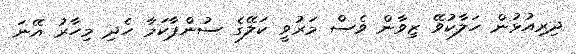
ދިރިއުޅުން ހަލާކުވޭ ޒިވާން ވެސް މަރުވީ ކަލޭގެ ސުންޕާކަމާ ހެދި މިހާރު އޭނަ